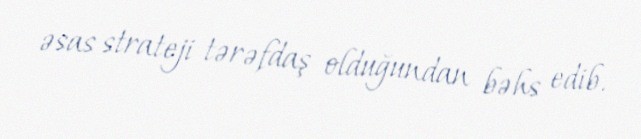
əsas strateji tərəfdaş olduğundan bəhs edib.